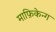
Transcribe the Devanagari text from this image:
माफ़िकेन्ग